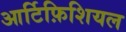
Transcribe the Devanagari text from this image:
आर्टिफ़िशियल